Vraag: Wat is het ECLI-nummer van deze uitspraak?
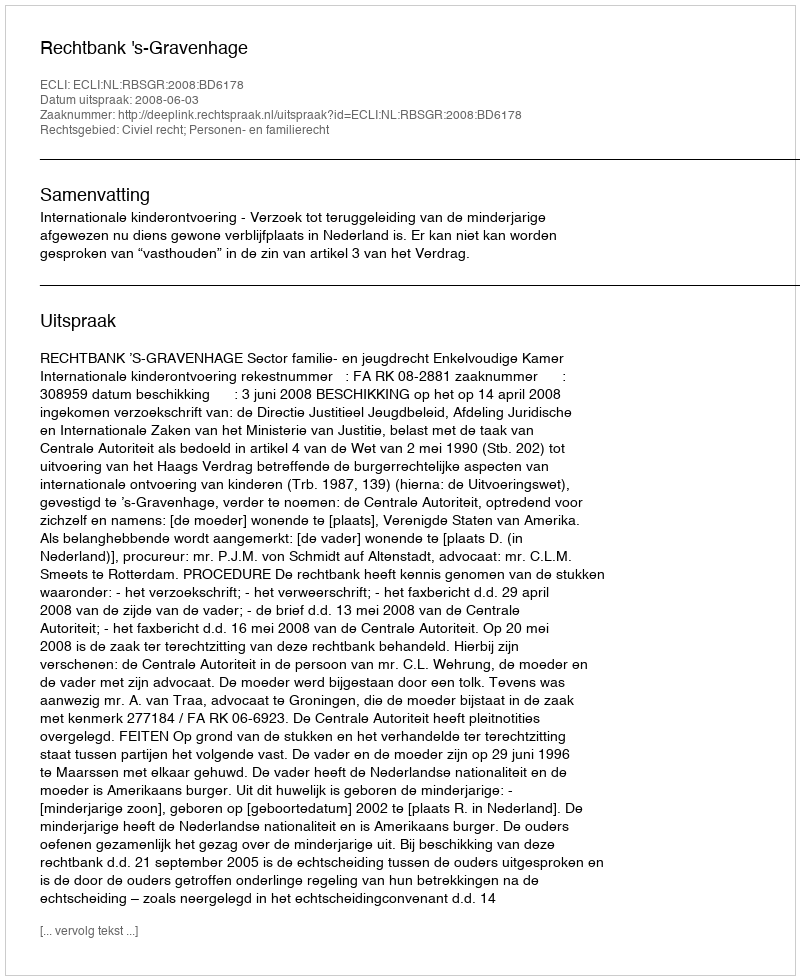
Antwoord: ECLI:NL:RBSGR:2008:BD6178